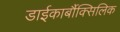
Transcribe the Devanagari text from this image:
डाईकार्बौक्सिलिक